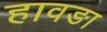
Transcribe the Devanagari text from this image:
हावङा